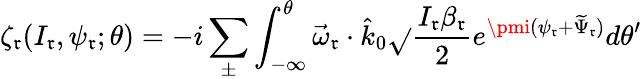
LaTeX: \zeta_{\mathfrak{r}}(I_{\mathfrak{r}},\psi_{\mathfrak{r}};\theta)=-i\sum_{\pm}\int_{-\infty}^{\theta}\vec{{\omega}}_{\mathfrak{r}}\cdot\hat{{k}}_{0}\sqrt{}{{\frac{{I_{\mathfrak{r}}\beta_{\mathfrak{r}}}}{{2}}}}e^{\pmi(\psi_{\mathfrak{r}}+\widetilde{{\Psi}}_{\mathfrak{r}})}d\theta^{\prime}